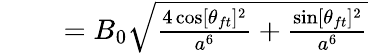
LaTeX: \begin{array}{rlr}{\mathrm{~}}&{{}}&{=B_{0}\sqrt{\frac{4\cos[\theta_{ft}]^{2}}{a^{6}}+\frac{\sin[\theta_{ft}]^{2}}{a^{6}}}}\end{array}